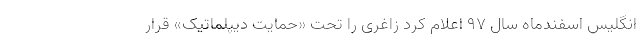
انگلیس اسفندماه سال ۹۷ اعلام کرد زاغری را تحت «حمایت دیپلماتیک» قرار